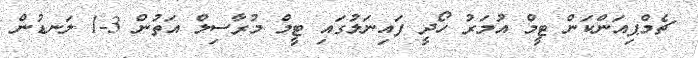
ޗެމްޕިއަންކަން ޓީމް އުމަރު ހޯދީ ފައިނަލުގައި ޓީމް މުރާސިލް އަތުން 3-1 ލަނޑުން